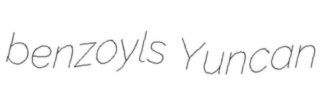
benzoyls Yuncan